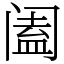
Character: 阖